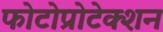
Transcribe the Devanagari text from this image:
फोटोप्रोटेक्शन